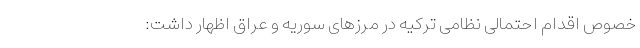
خصوص اقدام احتمالی نظامی ترکیه در مرزهای سوریه و عراق اظهار داشت: